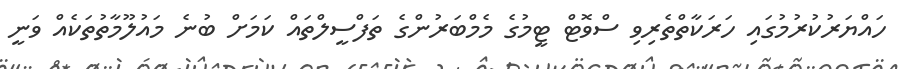
ހައްޔަރުކުރުމުގައި ހަރަކާތްތެރިވި ސްވޮޓް ޓީމުގެ މެމްބަރުންގެ ތަފްސީލްތައް ކަމަށް ބުނެ މައުލޫމާތުތަކެއް ވަނީ